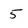
Character: 5